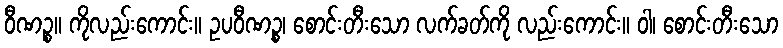
ဝီဏဉ္စ။ ကိုလည်းကောင်း။ ဥပဝီဏဉ္စ၊ စောင်းတီးသော လက်ခတ်ကို လည်းကောင်း။ ဝါ၊ စောင်းတီးသော